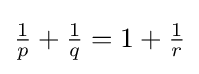
{\tfrac {1}{p}}+{\tfrac {1}{q}}=1+{\tfrac {1}{r}}